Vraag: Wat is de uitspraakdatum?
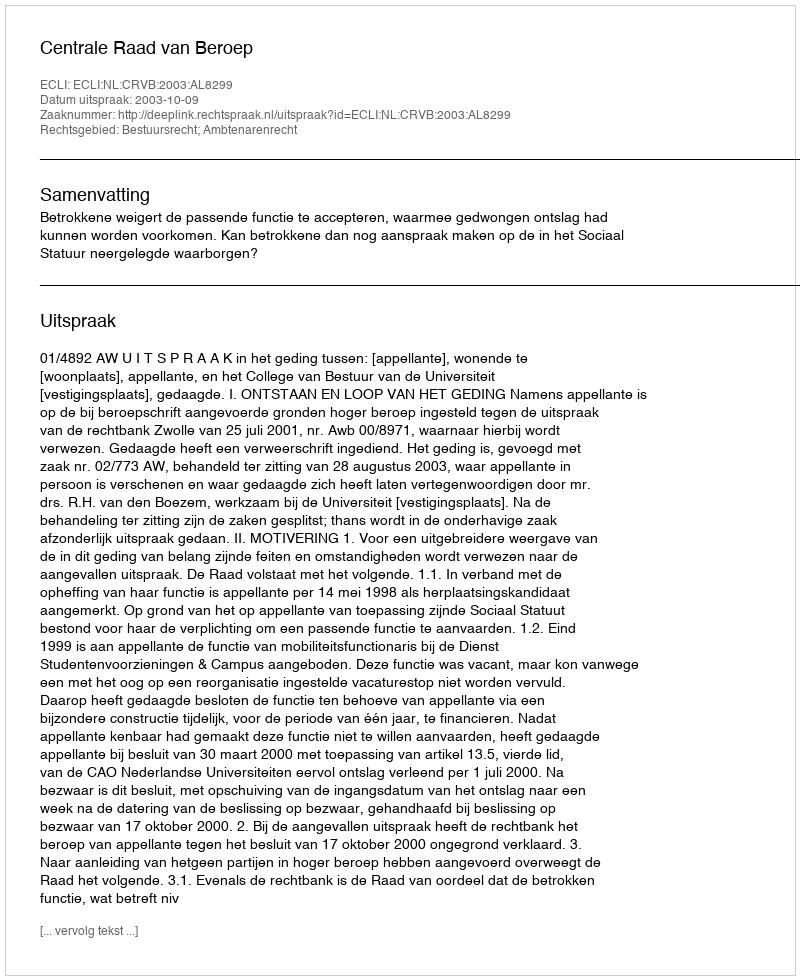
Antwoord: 2003-10-09